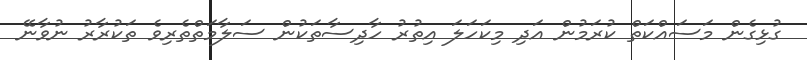
ގުޅިގެން މަސައްކަތް ކުރަމުން އަދި މިކަހަލަ އިތުރު ހާދިސާތަކުން ސަލާމަތްތެރިވެ ތަކުރާރު ނުވާނޭ